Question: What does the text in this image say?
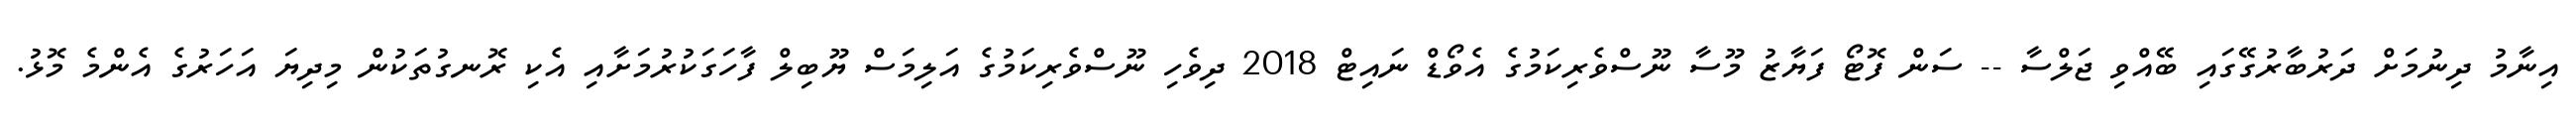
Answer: އިނާމު ދިނުމަށް ދަރުބާރުގޭގައި ބޭއްވި ޖަލްސާ -- ސަން ފޮޓޯ ފަޔާޒު މޫސާ ނޫސްވެރިކަމުގެ އެވޯޑް ނައިޓް 2018 ދިވެހި ނޫސްވެރިކަމުގެ އަލިމަސް ޔޫބިލް ފާހަގަކުރުމަށާއި އެކި ރޮނގުތަކުން މިދިޔަ އަހަރުގެ އެންމެ މޮޅު.